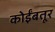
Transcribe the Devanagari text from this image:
कोईंबतूर